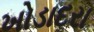
ખોડાદરા